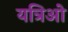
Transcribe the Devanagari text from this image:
यत्रिओ